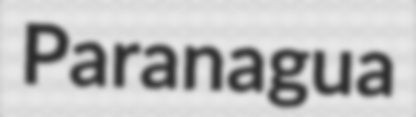
Paranagua